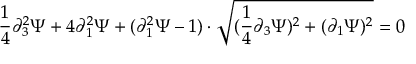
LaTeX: \frac { 1 } { 4 } \partial _ { 3 } ^ { 2 } \Psi + 4 \partial _ { 1 } ^ { 2 } \Psi + ( \partial _ { 1 } ^ { 2 } \Psi - 1 ) \cdot \sqrt { ( \frac { 1 } { 4 } \partial _ { 3 } \Psi ) ^ { 2 } + ( \partial _ { 1 } \Psi ) ^ { 2 } } = 0